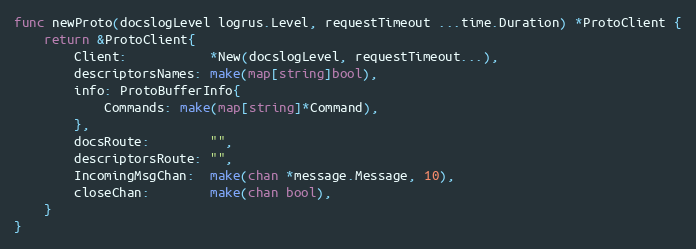
Language: Go
func newProto(docslogLevel logrus.Level, requestTimeout ...time.Duration) *ProtoClient {
	return &ProtoClient{
		Client:           *New(docslogLevel, requestTimeout...),
		descriptorsNames: make(map[string]bool),
		info: ProtoBufferInfo{
			Commands: make(map[string]*Command),
		},
		docsRoute:        "",
		descriptorsRoute: "",
		IncomingMsgChan:  make(chan *message.Message, 10),
		closeChan:        make(chan bool),
	}
}